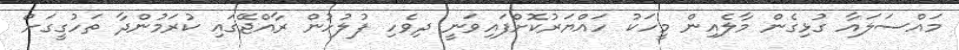
މައްސަލައާ ގުޅިގެން މާލެއިން މީހަކު ހައްޔަރުކޮށްފައިވަނީ ދިވެހި ފުލުހުން ރާއްޖޭގައި ކުރަމުންދާ ތަހުގީގަށް